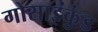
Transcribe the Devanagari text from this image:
गोसाइंकुंड